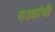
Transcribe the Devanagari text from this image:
राउळांची